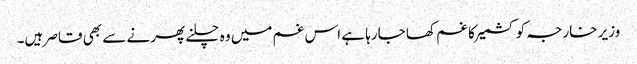
وزیر خارجہ کو کشمیر کا غم کھا جارہا ہے اس غم میں وہ چلنے پھرنے سے بھی قاصر ہیں۔